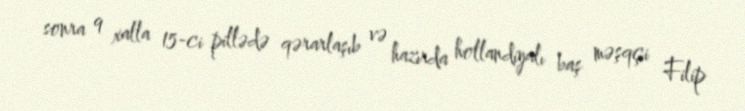
sonra 9 xalla 15-ci pillədə qərarlaşıb və hazırda hollandiyalı baş məşqçi Filip